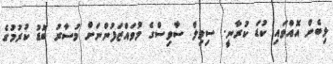
ލިބެން އޮއްވައި ކުޑަ ކުރާނީ. ސިވިލް ސާވިސްގެ މުވައްޒަފުންނަށް މުސާރު ބޮޑު ކުރުމުގެ